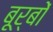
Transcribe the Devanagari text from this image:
बूर्बों